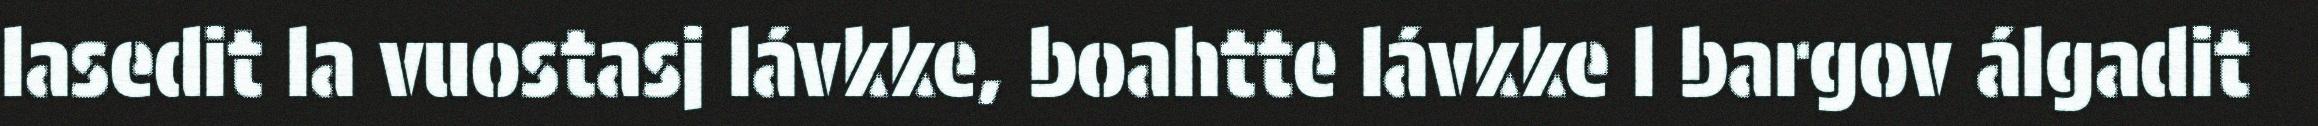
lasedit la vuostasj lávkke, boahtte lávkke l bargov álgadit